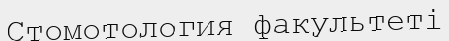
Стомотология факультеті